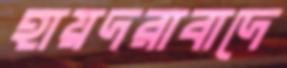
হায়দরাবাদে